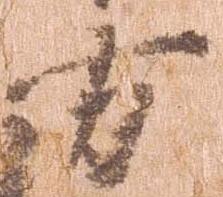
方